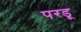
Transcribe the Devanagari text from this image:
परडू